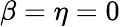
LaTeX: \beta=\eta=0